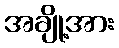
အချို့အား